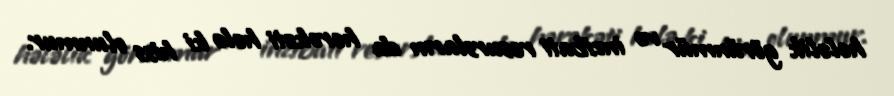
hələlik görünmür və inzibati resursların da hərəkəti hələ ki hiss olunmur.